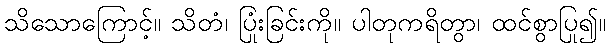
သိသောကြောင့်။ သိတံ၊ ပြုံးခြင်းကို။ ပါတုကရိတွာ၊ ထင်စွာပြု၍။